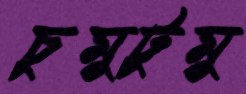
চুমুটুমু